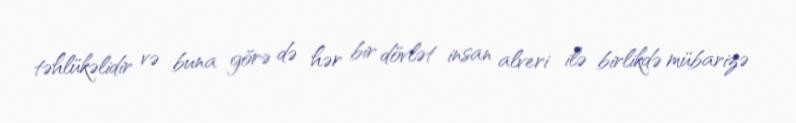
təhlükəlidir və buna görə də hər bir dövlət insan alveri ilə birlikdə mübarizə